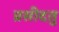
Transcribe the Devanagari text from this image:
प्रसीदतु